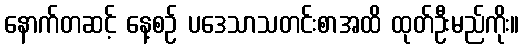
နောက်တဆင့် နေ့စဉ် ပဒေသာသတင်းစာအထိ ထုတ်ဦးမည်ကိုး။